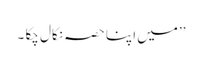
’’میں اپنا حصہ نکال چکا ۔